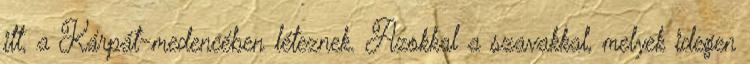
itt, a Kárpát-medencében léteznek. Azokkal a szavakkal, melyek idegen